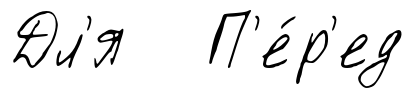
Дл'я П'е́р'ед